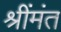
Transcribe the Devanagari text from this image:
श्रींमंत